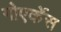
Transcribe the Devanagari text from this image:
गोएर्केस